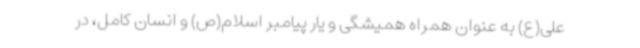
علی(ع) به عنوان همراه همیشگی و یار پیامبر اسلام(ص) و انسان کامل، در